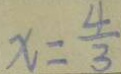
x = \frac { 4 } { 3 }